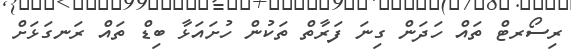
ރިސޯރޓް ތައް ހަދަން ގިނަ ފަރާތް ތަކުން ހުށައަޅާ ބިޑް ތައް ރަނގަޅަށް